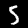
Digit: 5